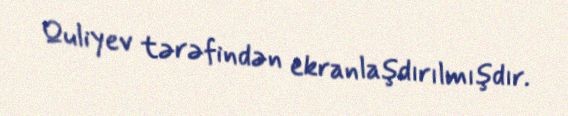
Quliyev tərəfindən ekranlaşdırılmışdır.